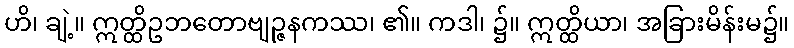
ဟိ၊ ချဲ့။ ဣတ္ထိဥဘတောဗျဉ္ဇနကဿ၊ ၏။ ကဒါ၊ ၌။ ဣတ္ထိယာ၊ အခြားမိန်းမ၌။